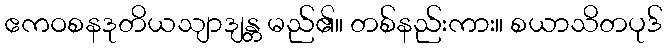
ဧကဝစနဒုတိယသျာဒျန္တ မည်၏။ တစ်နည်းကား။ စယာသိတပုဒ်